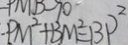
P M ^ { 2 } + B M ^ { 2 } = B P ^ { 2 }